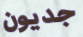
جديون